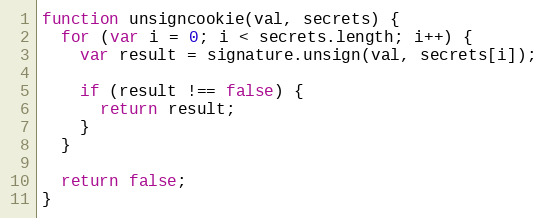
Language: JavaScript
function unsigncookie(val, secrets) {
  for (var i = 0; i < secrets.length; i++) {
    var result = signature.unsign(val, secrets[i]);

    if (result !== false) {
      return result;
    }
  }

  return false;
}